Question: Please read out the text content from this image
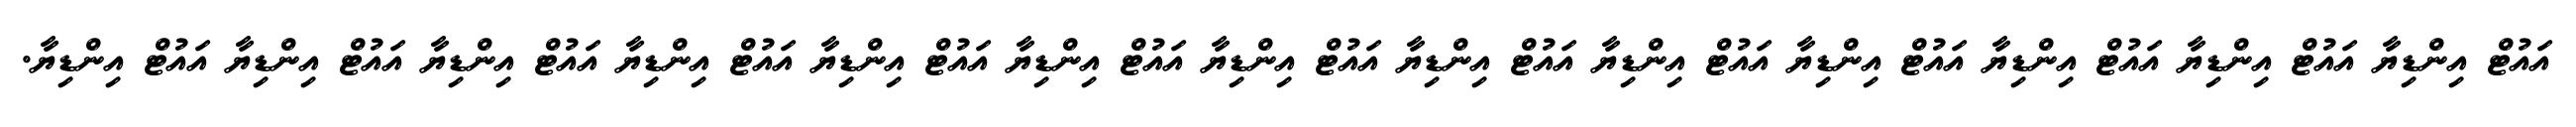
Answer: އައުޓް އިންޑިޔާ އައުޓް އިންޑިޔާ އައުޓް އިންޑިޔާ އައުޓް އިންޑިޔާ އައުޓް އިންޑިޔާ އައުޓް އިންޑިޔާ އައުޓް އިންޑިޔާ އައުޓް އިންޑިޔާ އައުޓް އިންޑިޔާ އައުޓް އިންޑިޔާ އައުޓް އިންޑިޔާ އައުޓް އިންޑިޔާ އައުޓް އިންޑިޔާ.